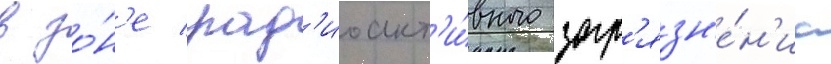
в зо́н'е рад'иоакт'и́вного загр'язн'е́н'иа